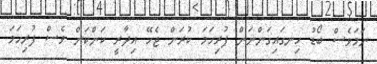
ނަމަވެސް ބޯޑު ހިނގައިގަންނަން ފުރިހަމަ ކުރަން ޖެހޭ އިދާރީ ކަންކަން ވެސް ފުރިހަމަ